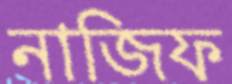
নাজিফ